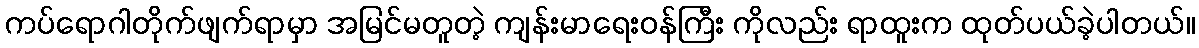
ကပ်ရောဂါတိုက်ဖျက်ရာမှာ အမြင်မတူတဲ့ ကျန်းမာရေးဝန်ကြီး ကိုလည်း ရာထူးက ထုတ်ပယ်ခဲ့ပါတယ်။